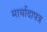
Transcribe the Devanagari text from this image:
मार्यादापत्र